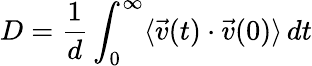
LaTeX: D={\frac{1}{d}}\int_{0}^{\infty}\langle\vec{v}(t)\cdot\vec{v}(0)\rangle\, dt